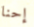
إحنا